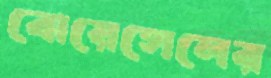
বোয়েসেলের